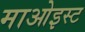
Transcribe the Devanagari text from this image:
माओइस्ट